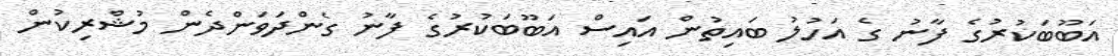
އަބޫބަކުރުގެ ފާނު ގެ އަހުލު ބައިތުން އައިސް އަބޫބަކުރުގެ ފާނު ގެންދަވަންދެން މުޝްރިކުން